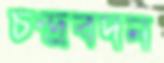
চন্দ্রবদন